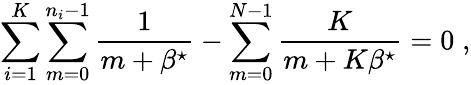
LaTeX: \sum_{i=1}^{K}\sum_{m=0}^{n_{i}-1}\frac{1}{m+\beta^{\star}}-\sum_{m=0}^{N-1}\frac{K}{m+K\beta^{\star}}=0\; ,